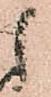
候